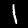
Digit: 1